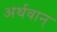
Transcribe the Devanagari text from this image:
अर्थवान्‌